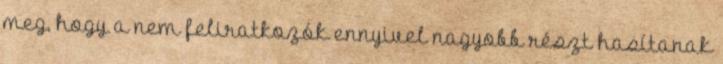
meg, hogy a nem feliratkozók ennyivel nagyobb részt hasítanak